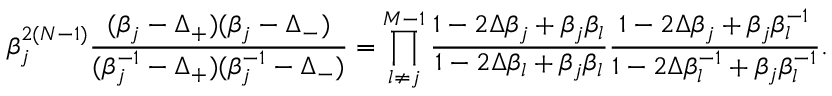
\beta _ { j } ^ { 2 ( N - 1 ) } \frac { ( \beta _ { j } - \Delta _ { + } ) ( \beta _ { j } - \Delta _ { - } ) } { ( \beta _ { j } ^ { - 1 } - \Delta _ { + } ) ( \beta _ { j } ^ { - 1 } - \Delta _ { - } ) } = \prod _ { l \neq j } ^ { M - 1 } \frac { 1 - 2 \Delta \beta _ { j } + \beta _ { j } \beta _ { l } } { 1 - 2 \Delta \beta _ { l } + \beta _ { j } \beta _ { l } } \frac { 1 - 2 \Delta \beta _ { j } + \beta _ { j } \beta _ { l } ^ { - 1 } } { 1 - 2 \Delta \beta _ { l } ^ { - 1 } + \beta _ { j } \beta _ { l } ^ { - 1 } } .